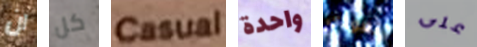
ان كل Casual واحدة تعودى على